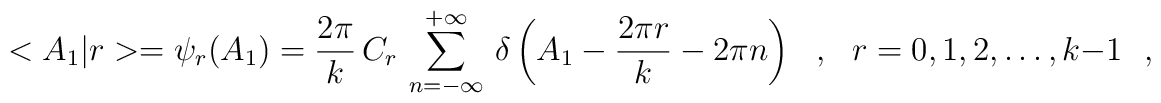
<A_1|r>=\psi_r(A_1)=\frac{2\pi}{k}\,C_r\,\sum_{n=-\infty}^{+\infty}\,\delta\left(A_1-\frac{2\pi r}{k}-2\pi n\right)\ \ \ ,\ \ \ r=0,1,2,\dots,k-1\ \ \ ,